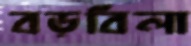
বড়বিলা